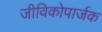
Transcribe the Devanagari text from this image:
जीविकोपार्जक